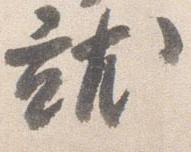
就